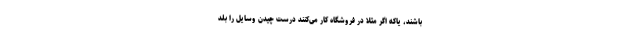
باشند، یاکه اگر مثلاً در فروشگاه کار می‌کنند درست چیدن وسایل را بلد